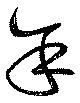
余